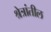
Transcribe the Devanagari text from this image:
श्रेत्रांतील